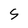
Character: S